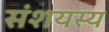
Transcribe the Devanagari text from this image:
संशयस्य